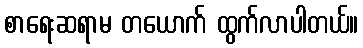
စာရေးဆရာမ တယောက် ထွက်လာပါတယ်။